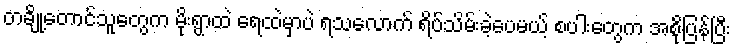
တချို့တောင်သူတွေက မိုးရွာထဲ ရေထဲမှာပဲ ရသလောက် ရိပ်သိမ်းခဲ့ပေမယ့် စပါးတွေက အစိုပြန်ပြီး